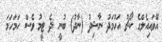
އޭވައިއެލްގެ ކޯޗު އަހުމަދު ނާޝިދު (ނާދު) ބުނީ ދެ ޓީމު ވެސް ހަމަހަމަ